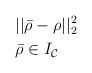
\begin{align*}& \ \ ||\bar{\mathbf{\rho}}- \mathbf{\rho}||^2_2 \\& \ \ \bar{\mathbf{\rho}} \in I_\mathcal{C}\end{align*}